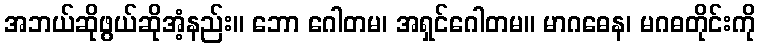
အဘယ်ဆိုဖွယ်ဆိုအံ့နည်း။ ဘော ဂေါတမ၊ အရှင်ဂေါတမ။ မာဂဓေန၊ မဂဓတိုင်းကို